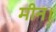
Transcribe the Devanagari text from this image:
मीन।